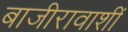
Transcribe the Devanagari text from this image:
बाजीरावाशीं